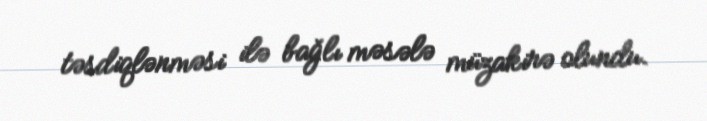
təsdiqlənməsi ilə bağlı məsələ müzakirə olundu.